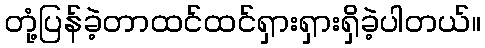
တုံ့ပြန်ခဲ့တာထင်ထင်ရှားရှားရှိခဲ့ပါတယ်။